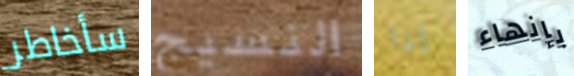
سأخاطر النسيج إذا بإنهاء